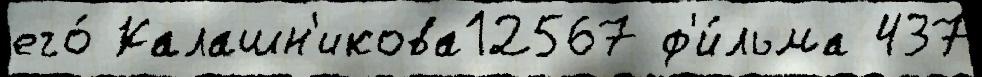
его́ Калашн'икова12567 ф'и́льма 437